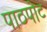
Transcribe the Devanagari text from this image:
पाठपोट